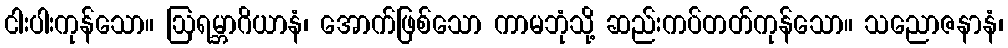
ငါးပါးကုန်သော။ ဩရမ္ဘာဂိယာနံ၊ အောက်ဖြစ်သော ကာမဘုံသို့ ဆည်းကပ်တတ်ကုန်သော။ သညောဇနာနံ၊